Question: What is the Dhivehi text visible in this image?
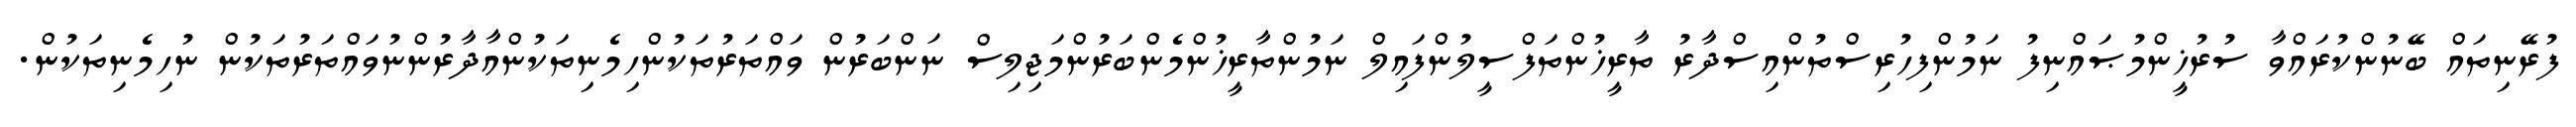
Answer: ފުރޭނިތައް ބޭނުންކުރައްވާ ސުރުޚީންމުޞައްނިފު ނަމުންފިހުރިސްތުންއިސްދާރު ތާރީޚުންތަފްސީލުންފައިލް ނަމުންތާރީޚުންމެންބަރުންމަޖިލިސް ނަންބަރުން ވައްތަރުތަކުންހިމެނިތަކުންއާދާރުންނުވައްތަރުތަކުން ނުހިމެނިތަކުން.